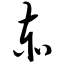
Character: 赤